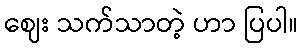
ဈေး သက်သာတဲ့ ဟာ ပြပါ။